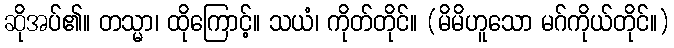
ဆိုအပ်၏။ တသ္မာ၊ ထိုကြောင့်။ သယံ၊ ကိုတ်တိုင်။ (မိမိဟူသော မဂ်ကိုယ်တိုင်။)